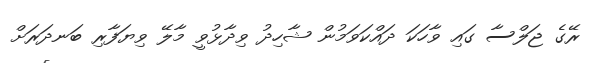
ރޭގެ ޖަލްސާ ގައި ވާހަކަ ދައްކަވަމުން ޝާހިދު ވިދާޅުވީ މާލޭ ވިޔަފާރި ބަނދަރަށް